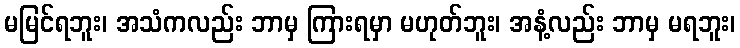
မမြင်ရဘူး၊ အသံကလည်း ဘာမှ ကြားရမှာ မဟုတ်ဘူး၊ အနံ့လည်း ဘာမှ မရဘူး၊